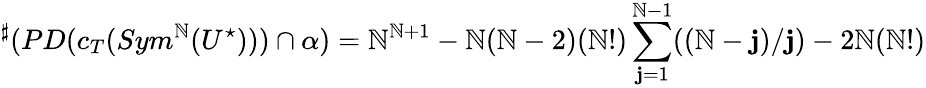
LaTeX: {}^{\sharp}(PD(c_{T}(Sym^{\mathbb{N}}(U^{\star})))\cap\alpha)=\mathbb{N}^{\mathbb{N}+1}-\mathbb{N}(\mathbb{N}-2)(\mathbb{N}!)\sum_{\mathbf{j}=1}^{\mathbb{N}-1}((\mathbb{N}-\mathbf{j})/\mathbf{j})-2\mathbb{N}(\mathbb{N}!)